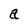
Character: a